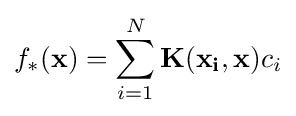
f_{*}(\mathbf {x} )=\sum \limits _{i=1}^{N}\mathbf {K} (\mathbf {x_{i}} ,\mathbf {x} )c_{i}